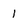
Character: 1